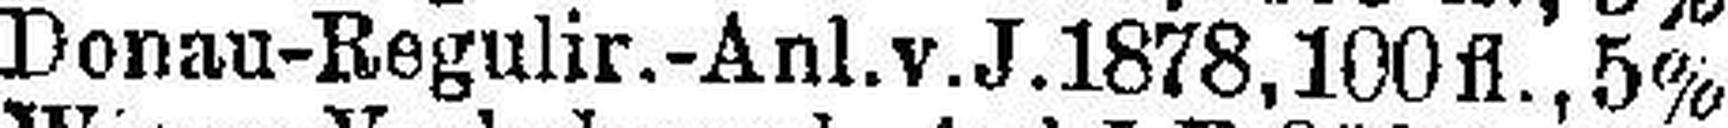
Donau-Regulir.-Anl.v.J.1878, 100fl., 5%